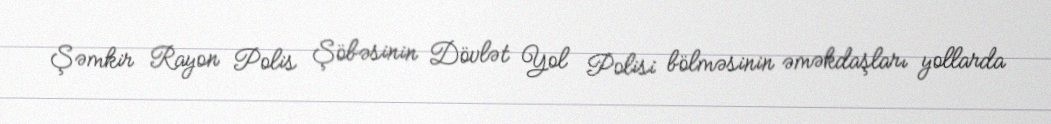
Şəmkir Rayon Polis Şöbəsinin Dövlət Yol Polisi bölməsinin əməkdaşları yollarda